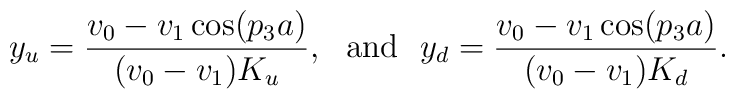
y_{u}=\frac{v_{0}-v_{1}\cos(p_{3}a)}{(v_{0}-v_{1})K_{u}},~~\mbox{and}~~y_{d}=\frac{v_{0}-v_{1}\cos(p_{3}a)}{(v_{0}-v_{1})K_{d}}.